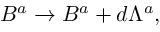
B ^ { a } \rightarrow B ^ { a } + d \Lambda ^ { a } ,